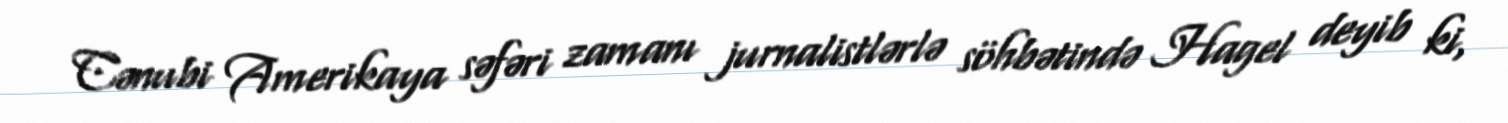
Cənubi Amerikaya səfəri zamanı jurnalistlərlə söhbətində Hagel deyib ki,